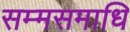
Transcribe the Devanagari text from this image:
सम्मसमाधि